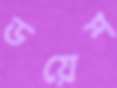
ডয়েশ